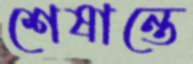
শেষান্তে